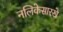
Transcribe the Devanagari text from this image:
नलिकेसारखे